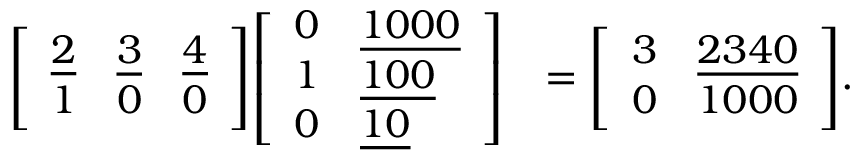
{ \begin{array} { r l } { { \left[ \begin{array} { l l l } { { \underline { { 2 } } } } & { { \underline { { 3 } } } } & { { \underline { { 4 } } } } \\ { 1 } & { 0 } & { 0 } \end{array} \right] } { \left[ \begin{array} { l l } { 0 } & { { \underline { { 1 0 0 0 } } } } \\ { 1 } & { { \underline { { 1 0 0 } } } } \\ { 0 } & { { \underline { { 1 0 } } } } \end{array} \right] } } & { = { \left[ \begin{array} { l l } { 3 } & { { \underline { { 2 3 4 0 } } } } \\ { 0 } & { 1 0 0 0 } \end{array} \right] } . } \end{array} }